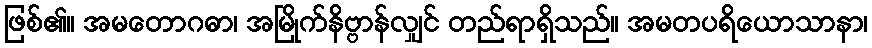
ဖြစ်၏။ အမတောဂဓာ၊ အမြိုက်နိဗ္ဗာန်လျှင် တည်ရာရှိသည်။ အမတပရိယောသာနာ၊